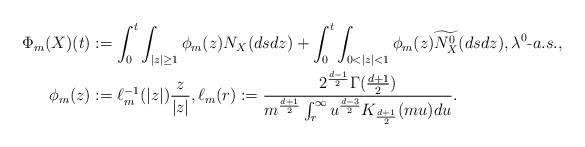
LaTeX: \begin{align*} \Phi_m(X)(t) & := \int_{0}^{t} \int_{|z| \geq 1}\phi_{m}(z) N_{X}(ds dz)+ \int_{0}^{t}\int_{0< |z| < 1} \phi_{m}(z) \widetilde{N_{X}^{0}}( ds dz),\lambda^0{\text-a.s.}, \\ \phi_m(z)&:=\ell_m^{-1} (|z|)\frac{z}{|z|},\ell_m(r):= \frac{2^{\frac{d-1}{2}} \Gamma (\frac{d+1}{2})}{ m^{\frac{d+1}{2}} \int_{r}^{\infty} u^{\frac{d-3}{2}} K_{\frac{d+1}{2}}(mu)du }. \end{align*}